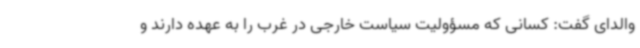
والدای گفت: کسانی که مسؤولیت سیاست خارجی در غرب را به عهده دارند و